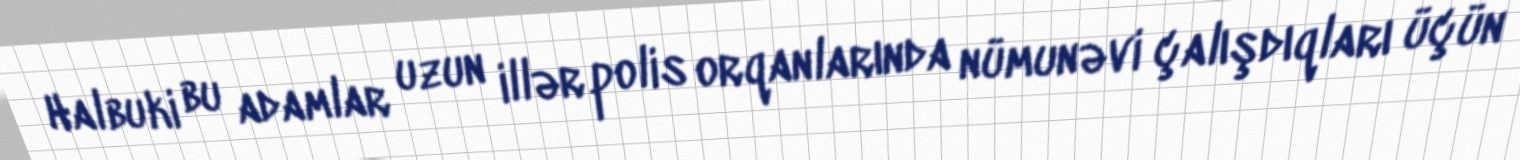
Halbuki bu adamlar uzun illər polis orqanlarında nümunəvi çalışdıqları üçün